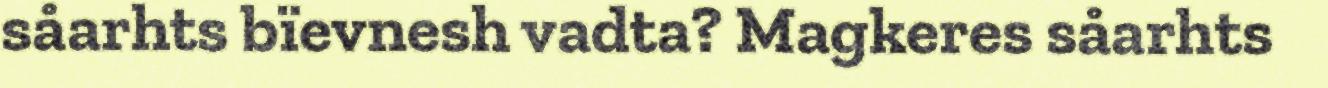
såarhts bïevnesh vadta? Magkeres såarhts